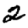
Digit: 2